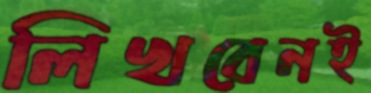
লিখবেনই